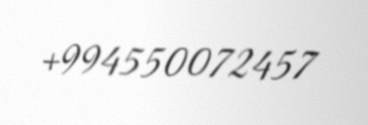
+994550072457